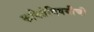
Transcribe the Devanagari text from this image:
कवितेविषयीची